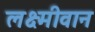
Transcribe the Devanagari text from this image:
लक्ष्मीवान